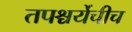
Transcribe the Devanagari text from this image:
तपश्चर्येचीच